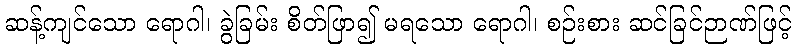
ဆန့်ကျင်သော ရောဂါ၊ ခွဲခြမ်း စိတ်ဖြာ၍ မရသော ရောဂါ၊ စဉ်းစား ဆင်ခြင်ဉာဏ်ဖြင့်